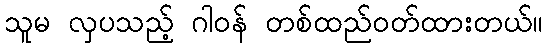
သူမ လှပသည့် ဂါဝန် တစ်ထည်ဝတ်ထားတယ်။